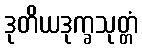
ဒုတိယဒုက္ခသုတ္တံ